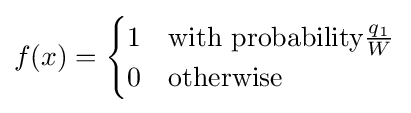
f(x)={\begin{cases}1&{\text{with probability}}{\frac {q_{1}}{W}}\\0&{\text{otherwise}}\end{cases}}